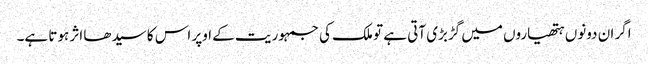
اگر ان دونوں ہتھیاروں میں گڑبڑی آتی ہے تو ملک کی جمہوریت کے اوپر اس کا سیدھا اثر ہوتا ہے۔